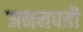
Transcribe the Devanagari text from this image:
जनमपत्री